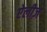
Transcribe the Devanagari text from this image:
ऐलीज़